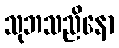
သုဘသညိနော